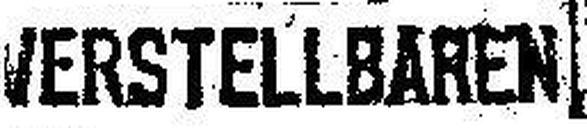
VERSTELLBAREN